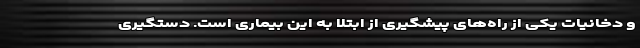
و دخانیات یکی از راه‌های پیشگیری از ابتلا به این بیماری است. دستگیری